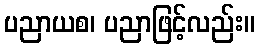
ပညာယစ၊ ပညာဖြင့်လည်း။